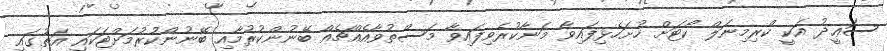
ސަޢީދު އަކީ ކްރިމިނަލް ކޯޓަށް ހުށަހެޅިފައިވާ މަނާކުރެވިފައިވާ މަސްތުވާއެއްޗެއް ބޭނުންކުރުމާއި ބޭނުންކުރުމަށްޓަކައި އަތުގައި